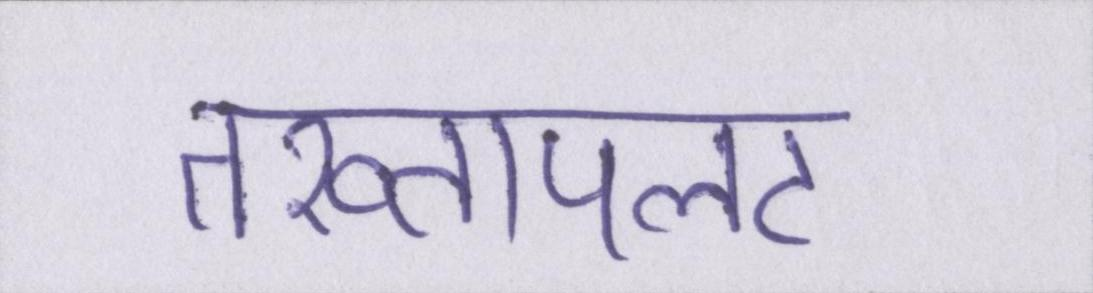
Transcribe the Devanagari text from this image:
तख्तापलट